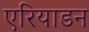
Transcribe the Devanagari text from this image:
एरियाडन